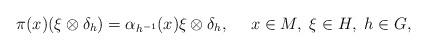
LaTeX: \begin{align*}\pi(x)(\xi\otimes \delta_h)=\alpha_{h^{-1}}(x)\xi\otimes \delta_h,\ \ \ \ x\in M,\ \xi\in H,\ h\in G,\end{align*}